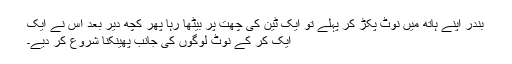
بندر اپنے ہاتھ میں نوٹ پکڑ کر پہلے تو ایک ٹین کی چھت پر بیٹھا رہا پھر کچھ دیر بعد اس نے ایک
ایک کر کے نوٹ لوگوں کی جانب پھینکنا شروع کر دیے۔